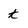
Character: t